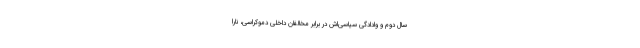
سال دوم و وادادگی‌ سیاسی‌اش در برابر مخالفان داخلی دموکراسی، نارا